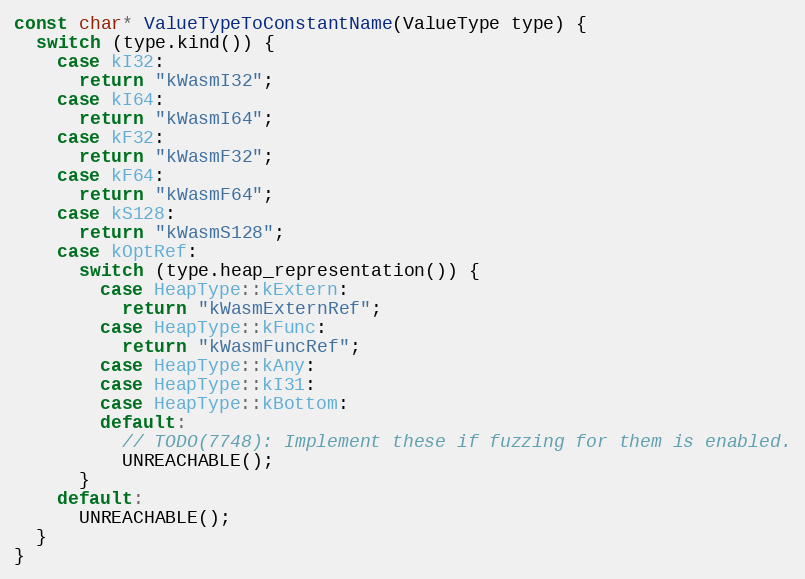
Language: C++
const char* ValueTypeToConstantName(ValueType type) {
  switch (type.kind()) {
    case kI32:
      return "kWasmI32";
    case kI64:
      return "kWasmI64";
    case kF32:
      return "kWasmF32";
    case kF64:
      return "kWasmF64";
    case kS128:
      return "kWasmS128";
    case kOptRef:
      switch (type.heap_representation()) {
        case HeapType::kExtern:
          return "kWasmExternRef";
        case HeapType::kFunc:
          return "kWasmFuncRef";
        case HeapType::kAny:
        case HeapType::kI31:
        case HeapType::kBottom:
        default:
          // TODO(7748): Implement these if fuzzing for them is enabled.
          UNREACHABLE();
      }
    default:
      UNREACHABLE();
  }
}